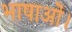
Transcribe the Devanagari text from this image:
भाषाओं।